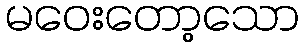
မဝေးတော့သော